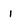
Character: 1